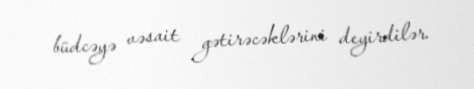
büdcəyə vəsait gətirəcəklərini deyirdilər.